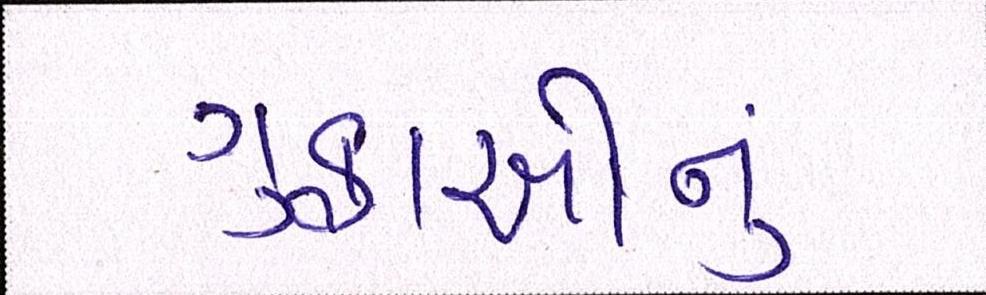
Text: ગુફાઓનું